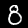
Label: 8